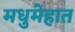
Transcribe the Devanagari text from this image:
मधुमेहात